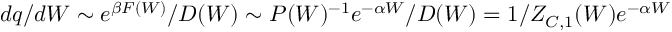
d q / d W \sim e ^ { \beta F ( W ) } / D ( W ) \sim P ( W ) ^ { - 1 } e ^ { - \alpha W } / D ( W ) = 1 / Z _ { C , 1 } ( W ) e ^ { - \alpha W }